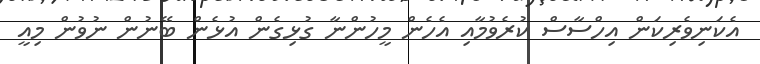
އެކަނިވެރިކަން އިހްސާސް ކުރެވުމާއި އެހެން މީހުންނާ ގުޅިގެން އުޅެން ބޭނުން ނުވުން މިއީ